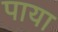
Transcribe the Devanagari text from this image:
पाया